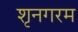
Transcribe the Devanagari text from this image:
शृनगरम